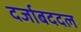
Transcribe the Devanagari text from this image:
दर्जाबददल